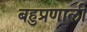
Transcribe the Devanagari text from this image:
बहुप्रणाली